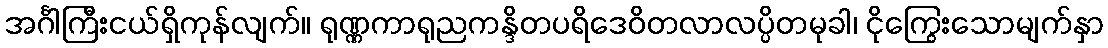
အင်္ဂါကြီးငယ်ရှိကုန်လျက်။ ရုဏ္ဏကာရုညကန္ဒိတပရိဒေဝိတလာလပ္ပိတမုခါ၊ ငိုကြွေးသောမျက်နှာ